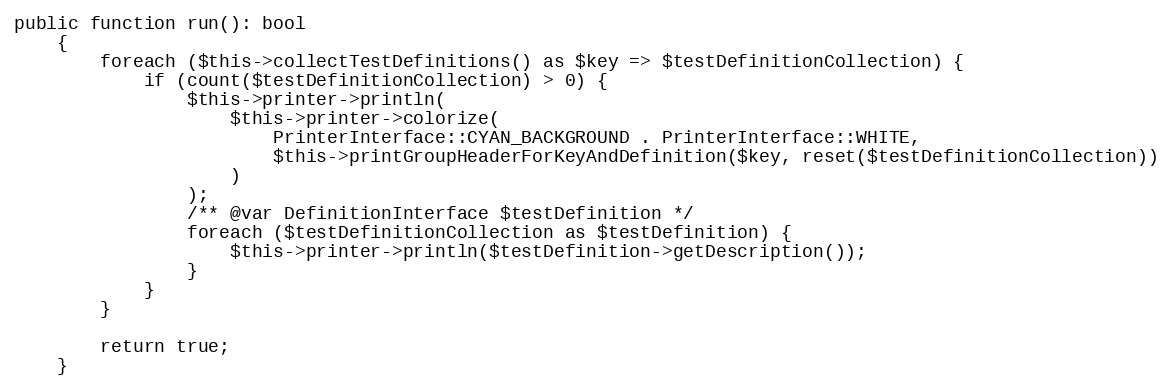
Language: PHP
public function run(): bool
    {
        foreach ($this->collectTestDefinitions() as $key => $testDefinitionCollection) {
            if (count($testDefinitionCollection) > 0) {
                $this->printer->println(
                    $this->printer->colorize(
                        PrinterInterface::CYAN_BACKGROUND . PrinterInterface::WHITE,
                        $this->printGroupHeaderForKeyAndDefinition($key, reset($testDefinitionCollection))
                    )
                );
                /** @var DefinitionInterface $testDefinition */
                foreach ($testDefinitionCollection as $testDefinition) {
                    $this->printer->println($testDefinition->getDescription());
                }
            }
        }

        return true;
    }